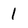
Character: 1